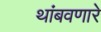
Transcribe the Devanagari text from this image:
थांबवणारे